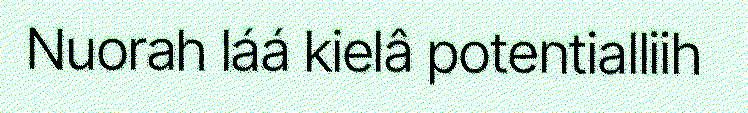
Nuorah láá kielâ potentialliih